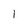
Character: I